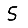
Digit: 5